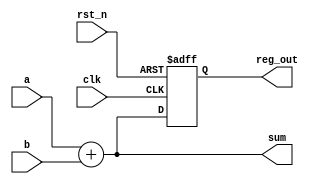
module example_logic (
    input wire clk,          // Clock input
    input wire rst_n,       // Active-low reset
    input wire [3:0] a,     // 4-bit input
    input wire [3:0] b,     // 4-bit input
    output reg [3:0] sum,   // 4-bit output for sum
    output reg [3:0] reg_out // 4-bit output for register
);

// Combinational Logic: Calculate sum of inputs a and b
always @* begin
    sum = a + b; // Sum is calculated based on current values of a and b
end

// Sequential Logic: Register to hold the value of sum on clock edge
always @(posedge clk or negedge rst_n) begin
    if (!rst_n) begin
        reg_out <= 4'b0000; // Reset output to 0 on active-low reset
    end else begin
        reg_out <= sum; // Capture the sum value on the rising edge of the clock
    end
end

endmodule